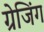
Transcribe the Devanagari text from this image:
ग्रेजिंग